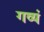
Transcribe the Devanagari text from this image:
गव्यं